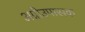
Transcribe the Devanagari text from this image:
अग्नीउपासक